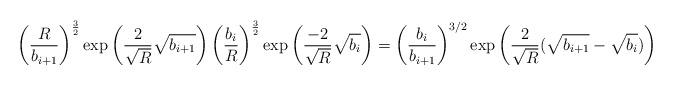
LaTeX: \begin{align*} \left(\frac{R}{b_{i+1}}\right)^{\frac{3}{2}}\exp\left( \frac{2}{\sqrt{R}} \sqrt{b_{i+1}}\right) \left(\frac{b_{i}}{R}\right)^{\frac{3}{2}}\exp\left( \frac{-2}{\sqrt{R}} \sqrt{b_{i}}\right) = \left(\frac{b_i}{b_{i+1}}\right)^{3/2}\exp\left(\frac{2}{\sqrt{R}}(\sqrt{b_{i+1}}-\sqrt{b_{i}})\right)\end{align*}